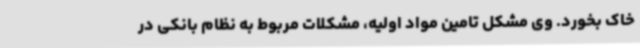
خاک بخورد. وی مشکل تامین مواد اولیه، مشکلات مربوط به نظام بانکی در